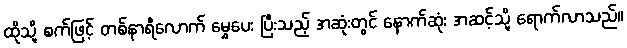
ထိုသို့ စက်ဖြင့် တစ်နာရီလောက် မွှေပေး ပြီးသည့် အဆုံးတွင် နောက်ဆုံး အဆင့်သို့ ရောက်လာသည်။